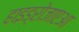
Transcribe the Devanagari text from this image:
हाइड्रोजाएआ